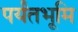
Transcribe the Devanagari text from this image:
पर्यंतभूमि